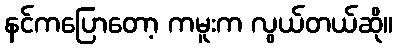
နင်ကပြောတော့ ကမူးက လွယ်တယ်ဆို။